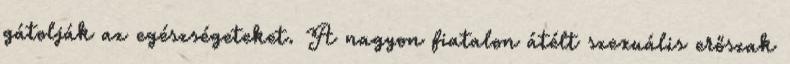
gátolják az egészségeteket. A nagyon fiatalon átélt szexuális erőszak